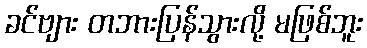
ခင်ဗျား တဘားပြန်သွားလို့ မဖြစ်ဘူး